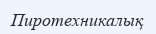
Пиротехникалық